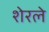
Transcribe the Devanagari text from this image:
शेरले